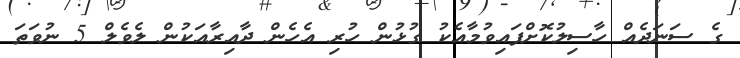
ގެ ސަނަދެއް ހާސިލުކޮށްފައިވުމާއެކު ގުޅުން ހުރި އެހެން ދާއިރާއަކުން ލެވެލް 5 ނުވަތަ